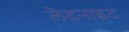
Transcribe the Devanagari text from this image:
लेटनाइट